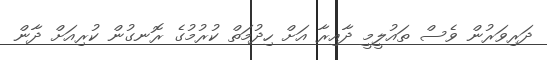
ދަރިވަރުން ވެސް ތައުލީމީ ދާއިރާ އަށް ހިދުމަތް ކުރުމުގެ ރޮނގުން ކުރިއަށް ދާން